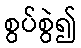
စွပ်စွဲ၍